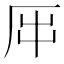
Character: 𠩀